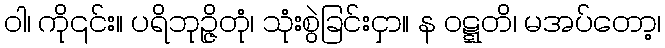
ဝါ၊ ကို၎င်း။ ပရိဘုဉ္ဇိတုံ၊ သုံးစွဲခြင်းငှာ။ န ဝဋ္ဋတိ၊ မအပ်တော့၊